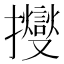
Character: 𢹒